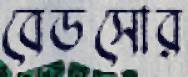
বেডসোর